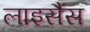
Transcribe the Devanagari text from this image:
लाइसैंस